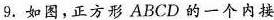
9.如图，正方形ABCD的一个内接